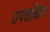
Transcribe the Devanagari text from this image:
उपलब्धिय